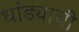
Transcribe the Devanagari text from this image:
धांड्याची